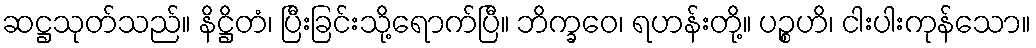
ဆဋ္ဌသုတ်သည်။ နိဋ္ဌိတံ၊ ပြီးခြင်းသို့ရောက်ပြီ။ ဘိက္ခဝေ၊ ရဟန်းတို့။ ပဉ္စဟိ၊ ငါးပါးကုန်သော။